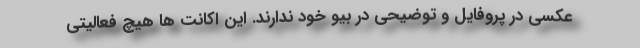
عکسی در پروفایل و توضیحی در بیو خود ندارند. این اکانت ها هیچ فعالیتی